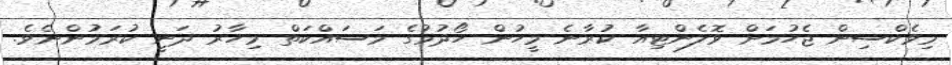
މިވެކްސިން ޖެހުމަށް ވޮލެންޓިއާ ކުރާނެ މީހުން ހޯދުމުގެ މަސައްކަތް މިހާރު ދަނީ ކުރަމުންނެވެ.